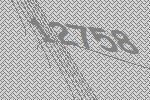
12758